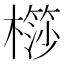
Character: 𣜤